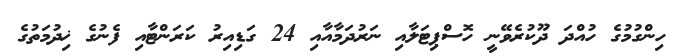
ހިންގުމުގެ ހުއްދަ ދޫކުރެވޭނީ ހޮސްޕިޓަލާއި ނަރުދަމާއާއި 24 ގަޑިއިރު ކަރަންޓާއި ފެނުގެ ޚިދުމަތުގެ